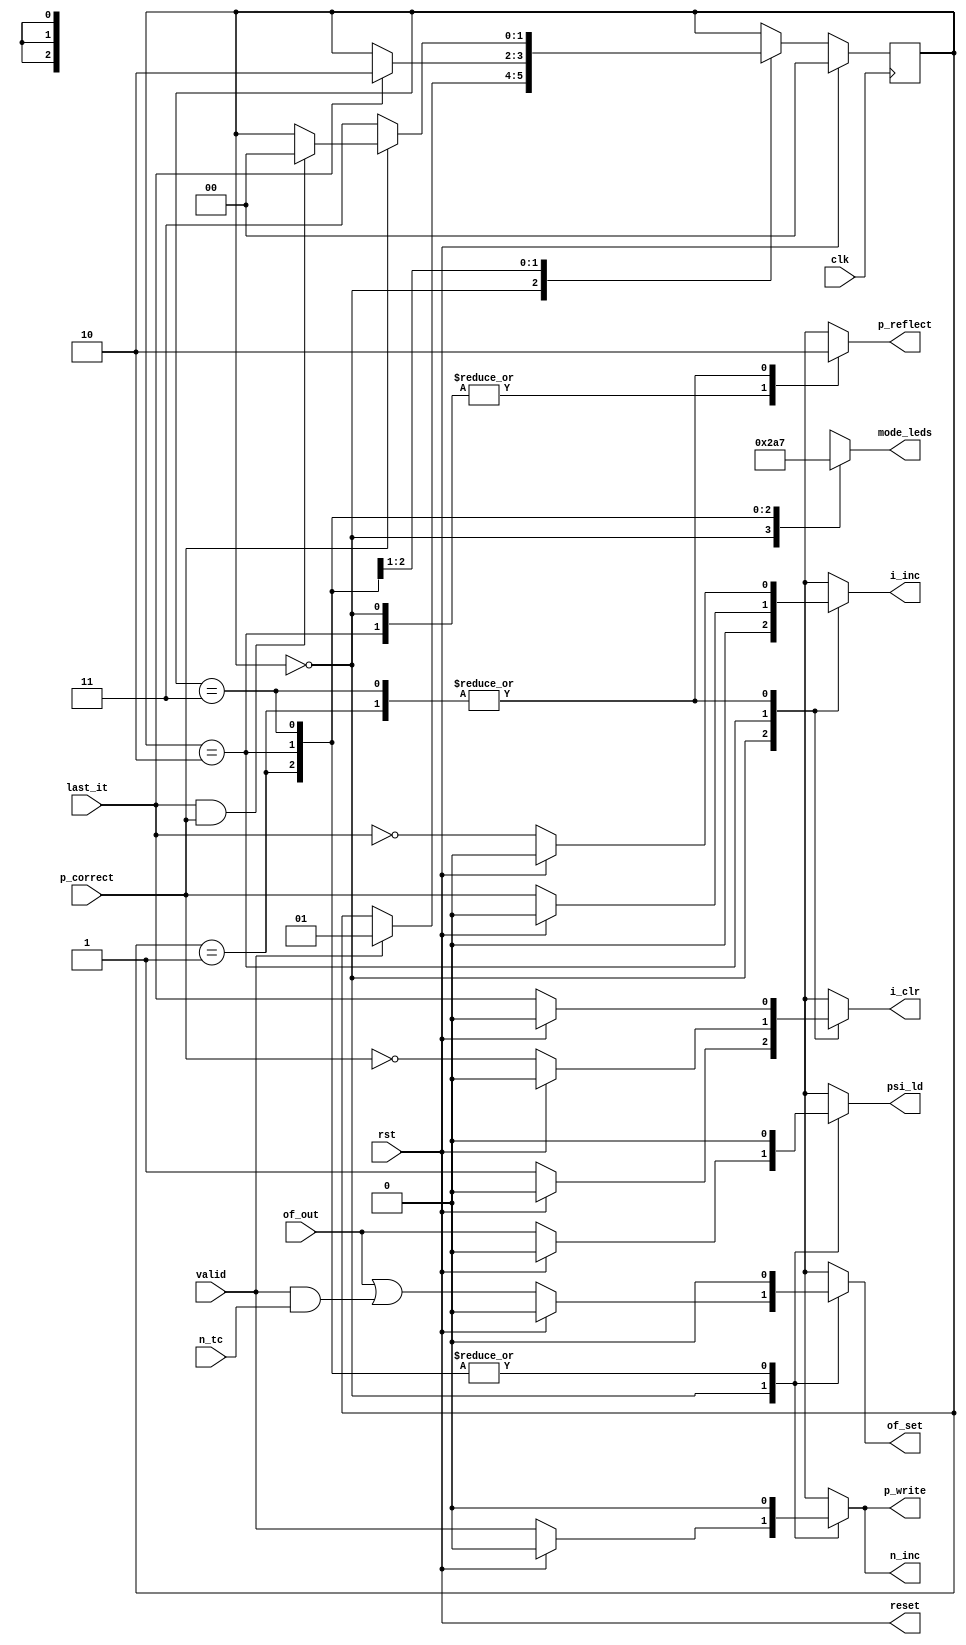
//==============================================================================
// Control Module for Simon Project
//==============================================================================

module SimonControl(
	// External Inputs
	input        clk,           // Clock
	input        rst,           // Reset

	// Datapath Inputs
	// input     localin1,
	input valid,
	input n_tc,
	input of_out,
	input last_it,
	input p_correct,

	// Datapath Control Outputs
	// output    control1,
	output reg p_write,
	output reg n_inc,
	output reg i_clr,
	output reg i_inc,
	output reg of_set,
	output reg psi_ld,
	output reg reset,
	output reg p_reflect,

	// External Outputs
	// output [2:0] mode_leds
	output reg [2:0] mode_leds
);

	// Declare Local Vars Here
	// reg [X:0] state;
	// reg [X:0] next_state;
	reg [1:0] state;
	reg [1:0] next_state;

	// LED Light Parameters
	localparam LED_MODE_INPUT    = 3'b001;
	localparam LED_MODE_PLAYBACK = 3'b010;
	localparam LED_MODE_REPEAT   = 3'b100;
	localparam LED_MODE_DONE     = 3'b111;

	// Declare State Names Here
	//localparam STATE_ONE = 2'd0;
	localparam STATE_INPUT = 2'd0;
	localparam STATE_PLAYBACK = 2'd1;
	localparam STATE_REPEAT = 2'd2;
	localparam STATE_DONE = 2'd3;

	// Output Combinational Logic
	always @( * ) begin
		// Set defaults
		// signal_one = 0; ...
		p_write = 0;
		n_inc = 0;
		i_clr = 0;
		i_inc = 0;
		of_set = 0;
		psi_ld = 0;
		reset = rst;
		p_reflect = 1;
		mode_leds = 0;


		// Write your output logic here
		case (state)
			STATE_INPUT: begin
				mode_leds = LED_MODE_INPUT;
				p_reflect = 1;
				if (~rst) begin
					p_write = valid;
					n_inc = valid;
					i_clr = 1;
					of_set = of_out | (valid & n_tc);
					psi_ld = of_out;
				end
			end
			STATE_PLAYBACK: begin
				mode_leds = LED_MODE_PLAYBACK;
				p_reflect = 0;
				if (~rst) begin
					i_clr = last_it;
					i_inc = ~last_it;
				end
			end
			STATE_REPEAT: begin
				mode_leds = LED_MODE_REPEAT;
				p_reflect = 1;
				if (~rst) begin
					i_clr = ~p_correct;
					i_inc = p_correct;
				end
			end
			STATE_DONE: begin
				mode_leds = LED_MODE_DONE;
				p_reflect = 0;
				if (~rst) begin
					i_clr = last_it;
					i_inc = ~last_it;
				end
			end
		endcase
		
	end

	// Next State Combinational Logic
	always @( * ) begin
		// Write your Next State Logic Here
		// next_state = ???
		next_state = state;
		
		case (state)
			STATE_INPUT: begin
				if (valid) begin
					next_state = STATE_PLAYBACK;
				end
			end
			STATE_PLAYBACK: begin
				if (last_it) begin
					next_state = STATE_REPEAT;
				end
			end
			STATE_REPEAT: begin
				if (~p_correct) begin
					next_state = STATE_DONE;
				end
				else if (last_it & p_correct) begin
					next_state = STATE_INPUT;
				end
			end
		endcase
		
	end

	// State Update Sequential Logic
	always @(posedge clk) begin
		if (rst) begin
			// Update state to reset state
			// state <= STATE_ONE;
			state <= STATE_INPUT;
		end
		else begin
			// Update state to next state
			// state <= next_state;
			state <= next_state;
		end
	end

endmodule